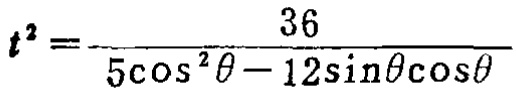
\[t^{2}=\frac{36}{5\cos^{2}\theta - 12\sin\theta\cos\theta}\]